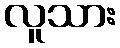
လူသား